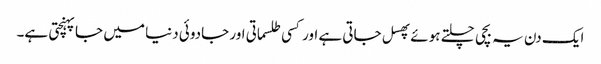
ایک دن یہ بچی چلتے ہوئے پھسل جاتی ہے اور کسی طلسماتی اور جادوئی دنیا میں جاپہنچتی ہے۔